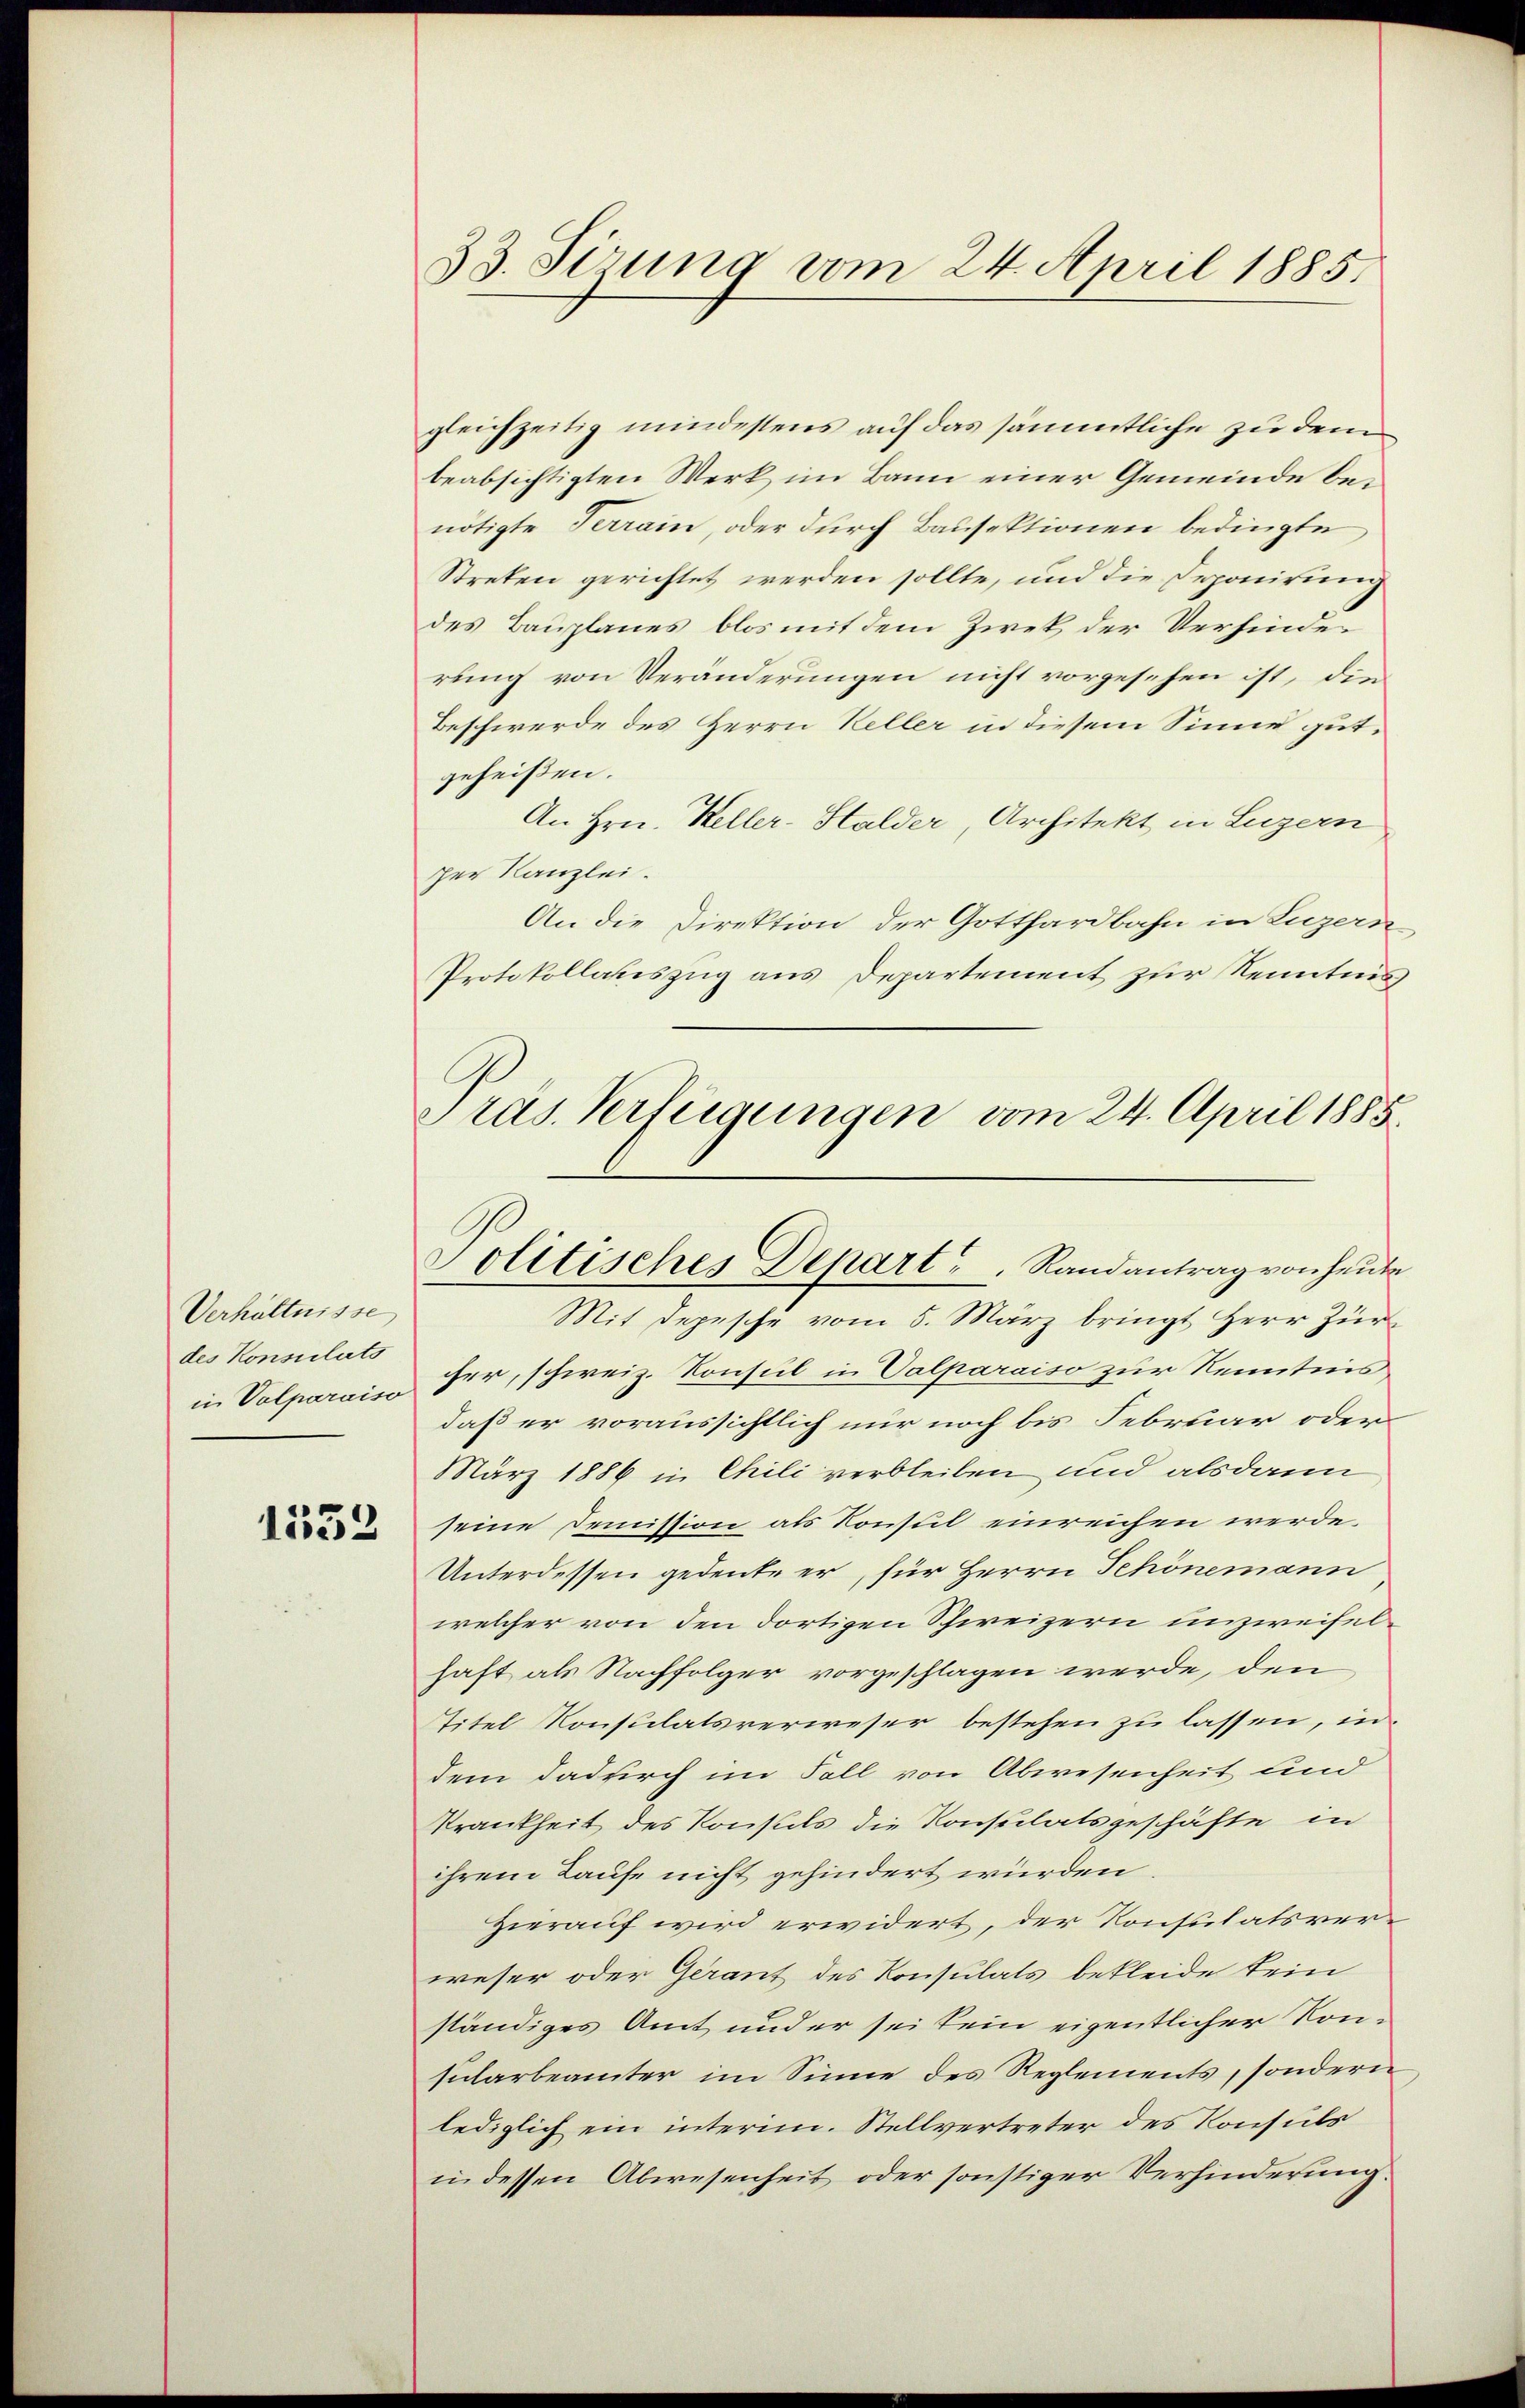
Verhältnisse
des Konsulats
in Valparaiso

1532

33. Serung vom 24. April 1885.

gleichzeitig mindestens auf das sämmtliche zu dem
beabsichtigten Werk im Bann einer Gemeinde bei
nötigte Terrain, oder durch Bausektionen bedingte
Streten gerichtet werden sollte, und die Deponirung
des Bauplanes blos mit dem Zwek der Verfinder
rung von Veränderungen nicht vorgesehen ist, die
Beschwerde des Herrn Keller in diesem Sinne gutgeheißen.
An Hrn. Keller-Halder, Architekt in Luzern
per Kanzlei.
An die Direktion der Gotthardbahn in Luzern
Protokollatiszug aus Departement zur Kenntnis
Pras. Verfügungen vom 24. April 1885.

Politisches Depart u. Randantrag von heute

Mit Depesche vom 5. März bringt Herr Zür
cher, schweiz. Konsul in Valparaiso zur Kenntnis
daß er voraussichtlich nur noch bis Februar oder
März 1886 in Chili verbleiben und alsdann
seine Demission als Konsul einreichen werde.
Unterdessen gedeute er, für Herrn Schönemann
welcher von den dortigen Schweizern unzweifelhaft als Nachfolger vorgeschlagen werde, den
Titel Konsulatsverweser bestehen zu lassen, in
dem dadurch im Fall von Abwesenheit und
Krankheit des Konsuls die Konsulatsgeschäfte in
ihrem Laufe nicht gehindert wurden
Hierauf wird erwidert, der Konsulatsverweser oder Gerant des Konsulats bekleide kein
ständiges Amt und er sei kein eigentlicher Konsularbeamter im Sinne des Reglements, sondern
lediglich ein interim. Stellvertreter des Konsuls
in dessen Abwesenheit oder sonstiger Verhinderung.